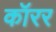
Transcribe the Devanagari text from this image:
कॉरर